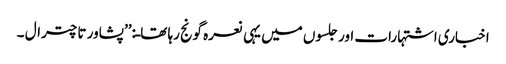
اخباری اشتہارات اور جلسوں میں یہی نعرہ گونج رہا تھاـ:’’پشاور تا چترال ۔